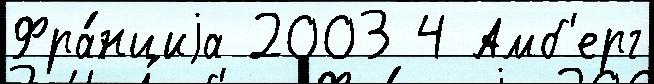
Фра́нциjа 2003 4 Амб'ерг